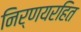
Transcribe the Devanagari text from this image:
निर्णयरहित